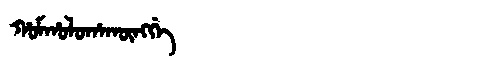
Manchu: ᡥᠣᠮᡥᠣᠯᠣᡥᠠᡴᡡᠩᡤᡝ
Romanization: HOMHOLOHAKŪNGGE